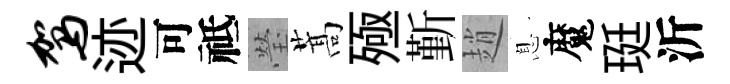
驾迹可祗瑩蒿殛斳趙息魔珽沂